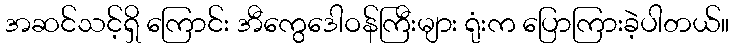
အဆင်သင့်ရှိ ကြောင်း အီကွေဒေါဝန်ကြီးများ ရုံးက ပြောကြားခဲ့ပါတယ်။